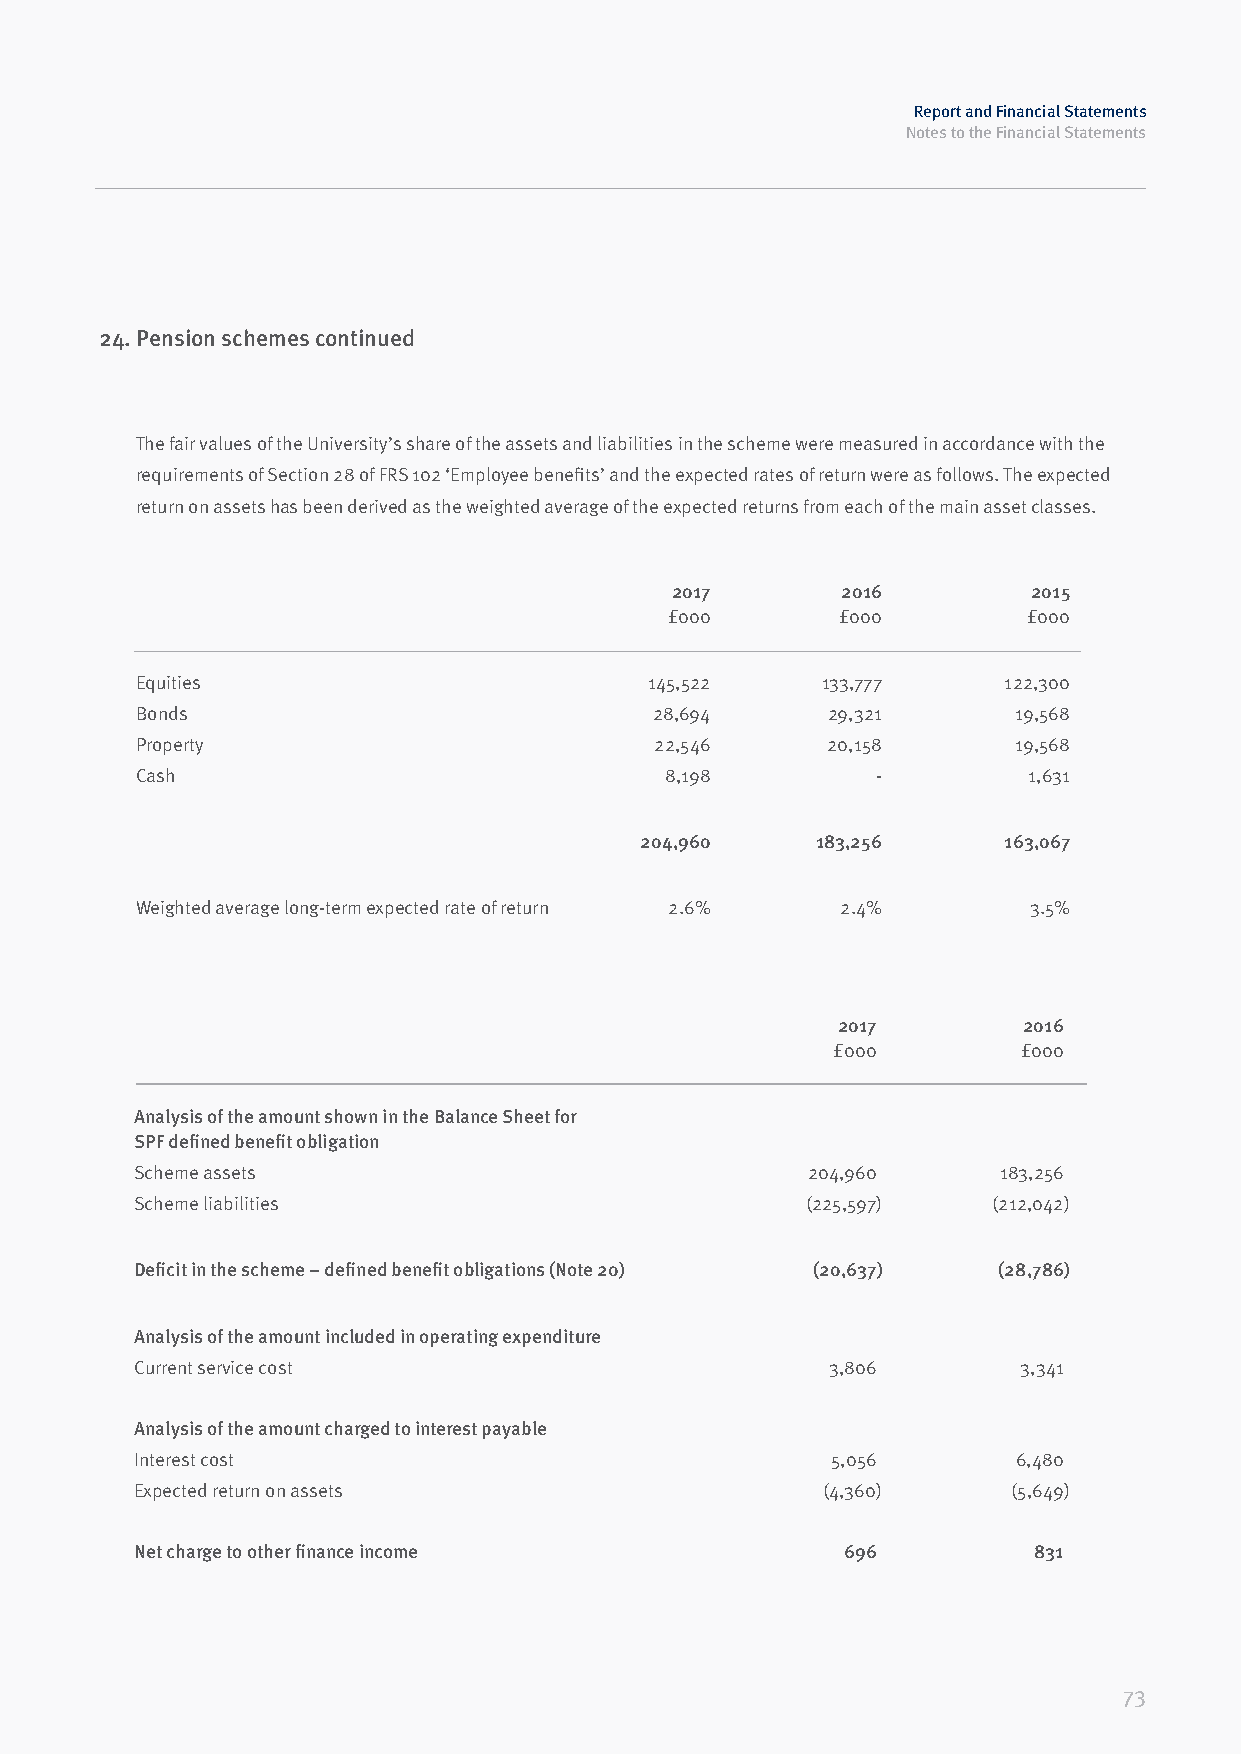
Report and Financial Statements
 Notes to the Financial Statements
 24. Pension schemes continued
 The fair values of the University’s share of the assets and liabilities in the scheme were measured in accordance with the
 requirements of Section 28 of FRS 102 ‘Employee benefits’ and the expected rates of return were as follows. The expected
 return on assets has been derived as the weighted average of the expected returns from each of the main asset classes.
 2017        2016        2015
 £000        £000        £000
 Equities                          145,522    133,777     122,300
 Bonds                             28,694      29,321      19,568
 Property                          22,546      20,158      19,568
 Cash                               8,198         -         1,631
 204,960     183,256     163,067
 Weighted average long-term expected rate of return 2.6% 2.4% 3.5%
 2017         2016
 £000         £000
 Analysis of the amount shown in the Balance Sheet for
 SPF defined benefit obligation
 Scheme assets                               204,960      183,256
 Scheme liabilities                          (225,597)    (212,042)
 Deficit in the scheme – defined benefit obligations (Note 20) (20,637) (28,786)
 Analysis of the amount included in operating expenditure
 Current service cost                          3,806        3,341
 Analysis of the amount charged to interest payable
 Interest cost                                 5,056       6,480
 Expected return on assets                    (4,360)      (5,649)
 Net charge to other finance income             696         831
 73